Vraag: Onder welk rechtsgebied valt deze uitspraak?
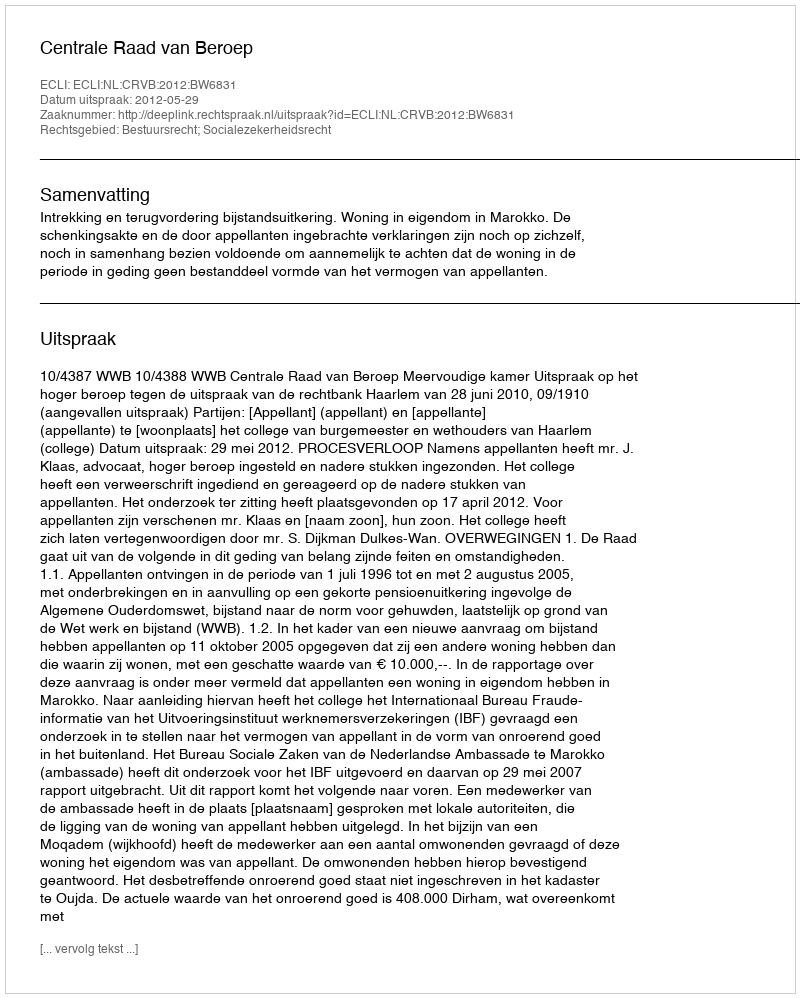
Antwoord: Bestuursrecht; Socialezekerheidsrecht